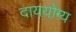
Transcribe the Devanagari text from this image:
दाययोग्य